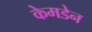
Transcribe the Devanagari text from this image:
केमडेन